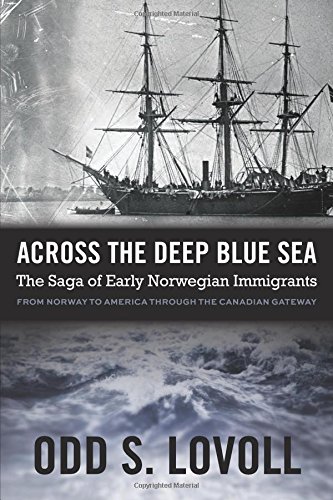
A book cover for Across the Deep Blue Sea: The Saga of Early Norwegian Immigrants; Odd S. Lovoll; History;